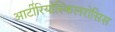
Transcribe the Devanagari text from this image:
आर्टीरियोस्किलरोसिस